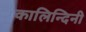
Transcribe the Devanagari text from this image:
कालिन्दिनी